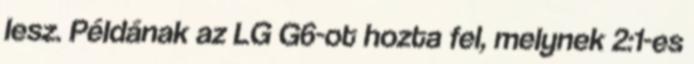
lesz. Példának az LG G6-ot hozta fel, melynek 2:1-es